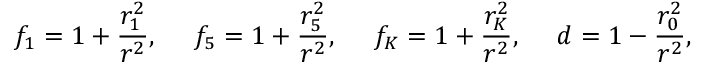
f _ { 1 } = 1 + { \frac { r _ { 1 } ^ { 2 } } { r ^ { 2 } } } , ~ ~ ~ ~ f _ { 5 } = 1 + { \frac { r _ { 5 } ^ { 2 } } { r ^ { 2 } } } , ~ ~ ~ ~ f _ { K } = 1 + { \frac { r _ { K } ^ { 2 } } { r ^ { 2 } } } , ~ ~ ~ ~ d = 1 - { \frac { r _ { 0 } ^ { 2 } } { r ^ { 2 } } } ,